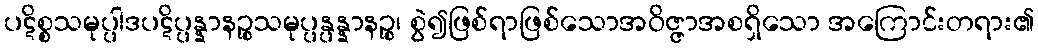
ပဋိစ္စသမုပ္ပါဒပဋိပ္ပန္နာနဉ္စသမုပ္ပန္ပန္နာနဉ္စ၊ စွဲ၍ဖြစ်ရာဖြစ်သောအဝိဇ္ဇာအစရှိသော အကြောင်းတရား၏